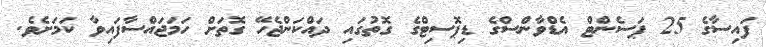
ފައިސާގެ 25 ޕަސެންޓް އެޑްވާންސްގެ ޑިޕޮސިޓްގެ ގޮތުގައި ދައްކަންޖެހޭ ގޮތަށް ހަމަޖައްސާފައިވާ ކަމަށެވެ.